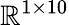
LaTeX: \mathbb{R}^{1\times 10}